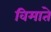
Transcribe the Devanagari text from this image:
विमाते